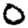
Digit: 0